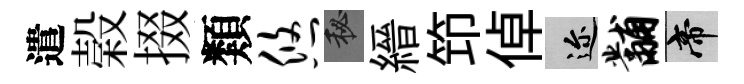
遣榖掇類悠秘縉笻倬邇黼帝